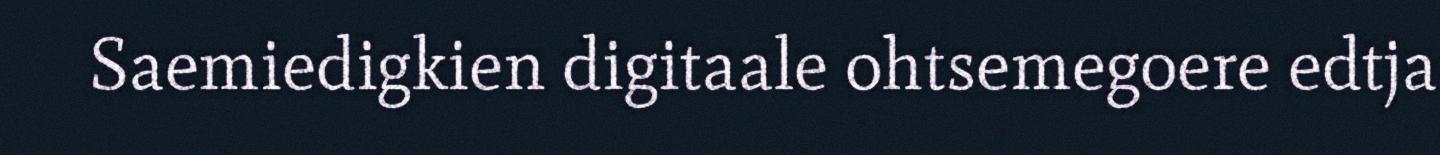
Saemiedigkien digitaale ohtsemegoere edtja